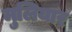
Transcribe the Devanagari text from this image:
मुलियार